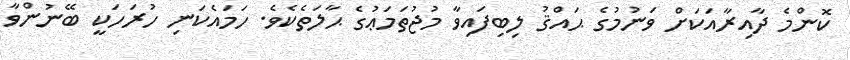
ކޮންމެ ދާއިރާއަކަށް ވަނުމުގެ ޙައްޤު ލިބިފައިވާ މުޖުތަމަޢުގެ ޙާލަތެކެވެ. ހަމައެކަނި ހުރަހަކީ ބޭނުންވާ